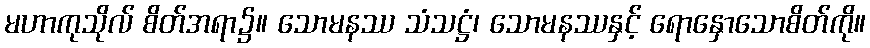
မဟာကုသိုလ် စိတ်အရာ၌။ သောမနဿ သံသဋ္ဌံ၊ သောမနဿနှင့် ရောနှောသောစိတ်ကို။